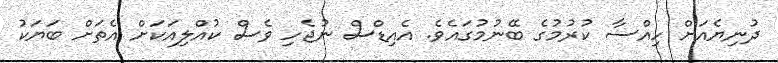
ދުނިޔެއަށް ހިއްސާ ކުރުމުގެ ބޭނުމުގައެވެ. އެއިޑްސް ނުޖެހި ވެސް ކުއްލިއަކަށް އެތަށް ބަޔަކު